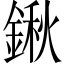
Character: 鍬